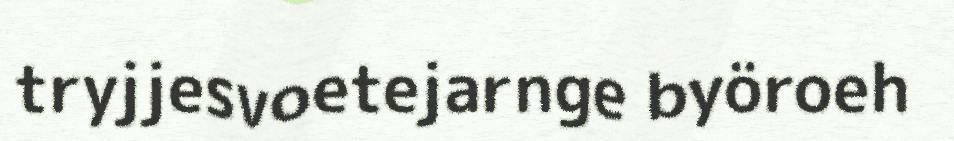
tryjjesvoetejarnge byöroeh